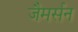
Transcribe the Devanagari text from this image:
जैमर्सन